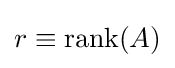
r\equiv \operatorname {rank} (A)